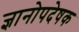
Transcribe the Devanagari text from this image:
ज्ञानोपदेषक